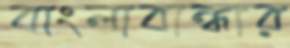
বাংলাবান্ধার